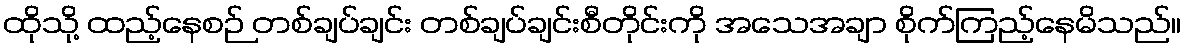
ထိုသို့ ထည့်နေစဉ် တစ်ချပ်ချင်း တစ်ချပ်ချင်းစီတိုင်းကို အသေအချာ စိုက်ကြည့်နေမိသည်။